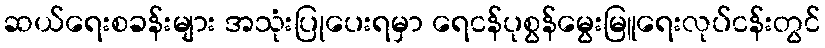
ဆယ်ရေးစခန်းများ အသုံးပြုပေးရမှာ ရေငန်ပုစွန်မွေးမြူရေးလုပ်ငန်းတွင်